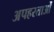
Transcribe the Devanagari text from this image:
अपहरताओं